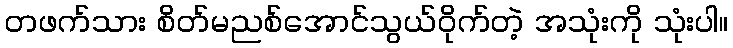
တဖက်သား စိတ်မညစ်အောင်သွယ်ဝိုက်တဲ့ အသုံးကို သုံးပါ။